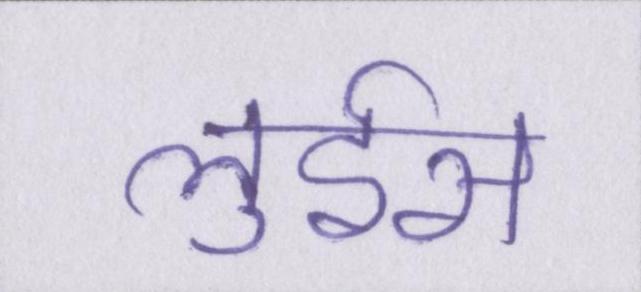
लुईस